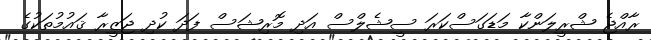
ރާއްޖެ ޝްރީލަންކާ މަޑަގަސްކަރަ ސީޝެލްސް އަދި މޮރިޝަސް ފަދަ ކުދި ޖަޒީރާ ޤައުމުތަކުގެ